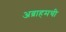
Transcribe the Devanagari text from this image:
अब्राहमची